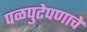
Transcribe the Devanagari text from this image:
पळपुटेपणाचे